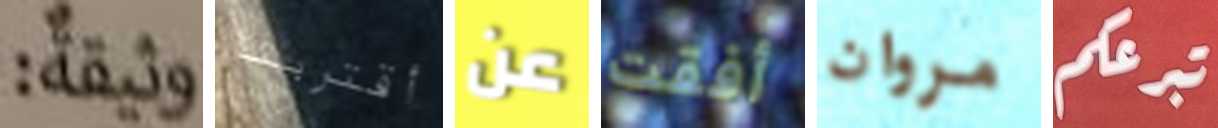
وثيقة أقتربنا عن أفقت مروان تبرعكم